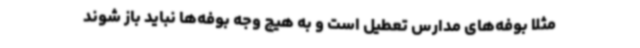
مثلا بوفه‌های مدارس تعطیل است و به هیچ وجه بوفه‌ها نباید باز شوند